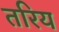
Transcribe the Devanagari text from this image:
तरिय